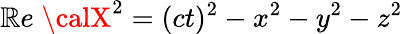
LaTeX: \mathbb{R}e\; {\calX}^{2}=(ct)^{2}-x^{2}-y^{2}-z^{2}